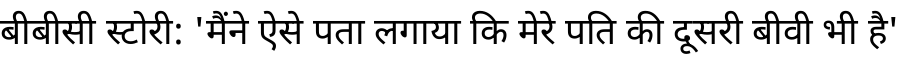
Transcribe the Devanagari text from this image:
बीबीसी स्टोरी: 'मैंने ऐसे पता लगाया कि मेरे पति की दूसरी बीवी भी है'